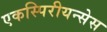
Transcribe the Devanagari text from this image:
एकस्पिरीयन्सेस